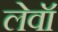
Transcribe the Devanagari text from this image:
लेवॉ